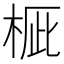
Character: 𣒽